Vaccination returns of the Province of Eastern Bengal and Assam - 1905-1912
Year: 1905
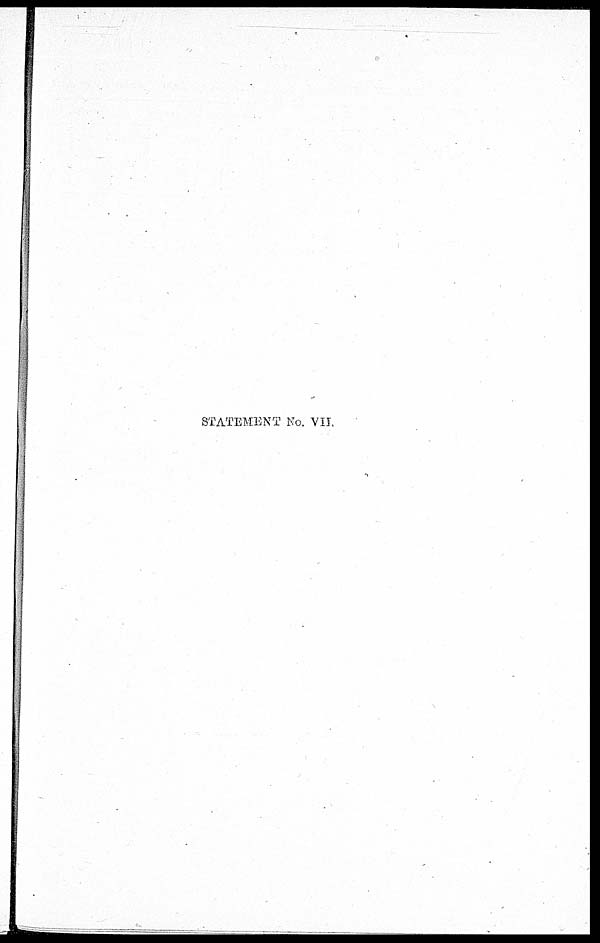
STATEMENT No. VII.